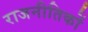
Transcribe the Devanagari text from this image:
राजनीतिकों